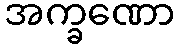
အက္ခဏော